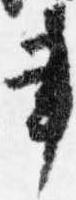
書